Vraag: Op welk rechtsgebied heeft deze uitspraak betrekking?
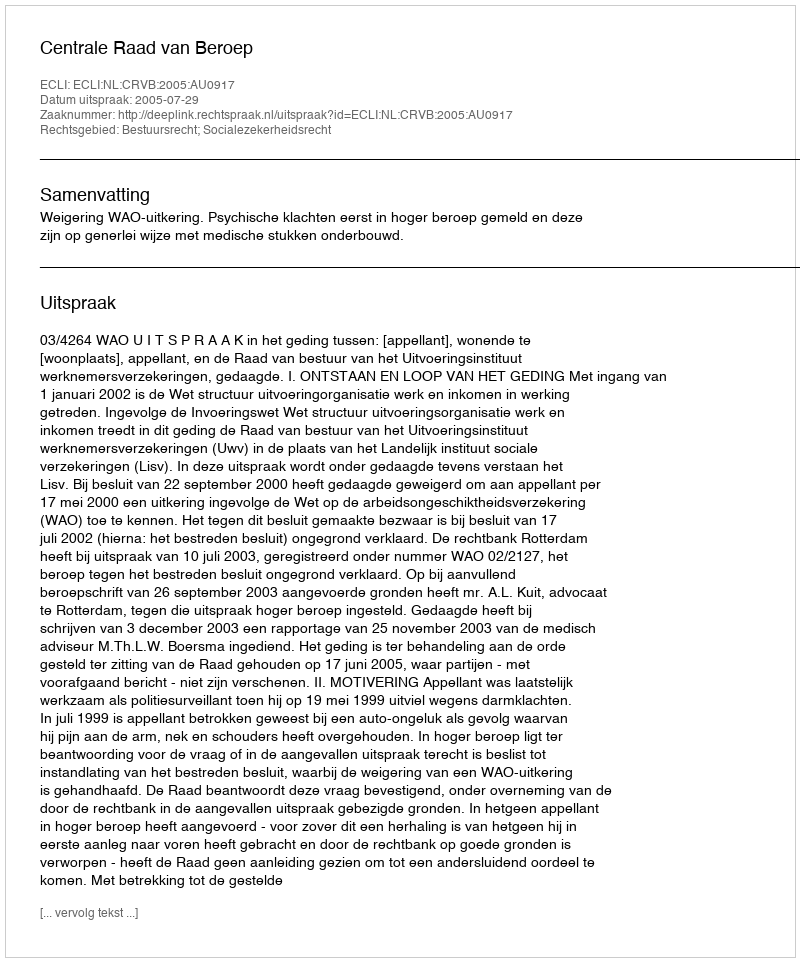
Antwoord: Bestuursrecht; Socialezekerheidsrecht